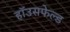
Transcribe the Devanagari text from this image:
हॉउसफेल्ड